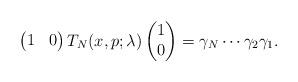
LaTeX: \begin{align*}\begin{pmatrix} 1 & 0 \end{pmatrix} T_{N}(x,p;\lambda)\begin{pmatrix} 1 \\ 0 \end{pmatrix}=\gamma_N\cdots\gamma_2\gamma_1.\end{align*}